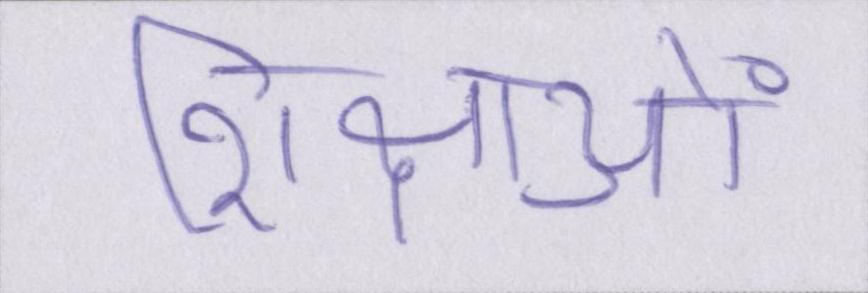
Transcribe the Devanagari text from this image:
शिक्षाओं